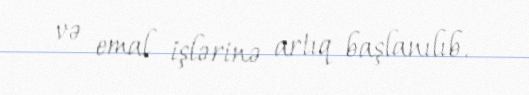
və emal işlərinə artıq başlanılıb.